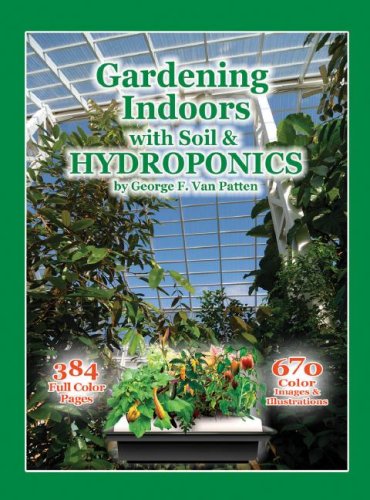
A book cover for Gardening Indoors with Soil & Hydroponics; George Van Patten; Crafts, Hobbies & Home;